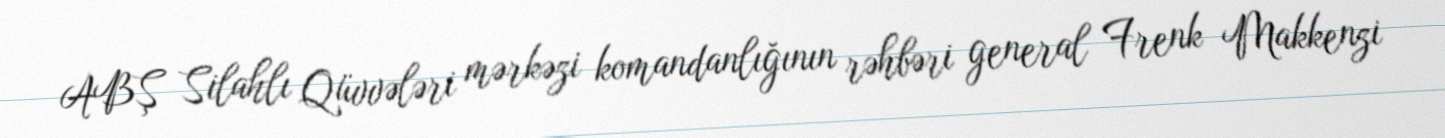
ABŞ Silahlı Qüvvələri mərkəzi komandanlığının rəhbəri general Frenk Makkenzi